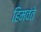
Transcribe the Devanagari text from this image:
हिमवंते